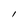
Character: l